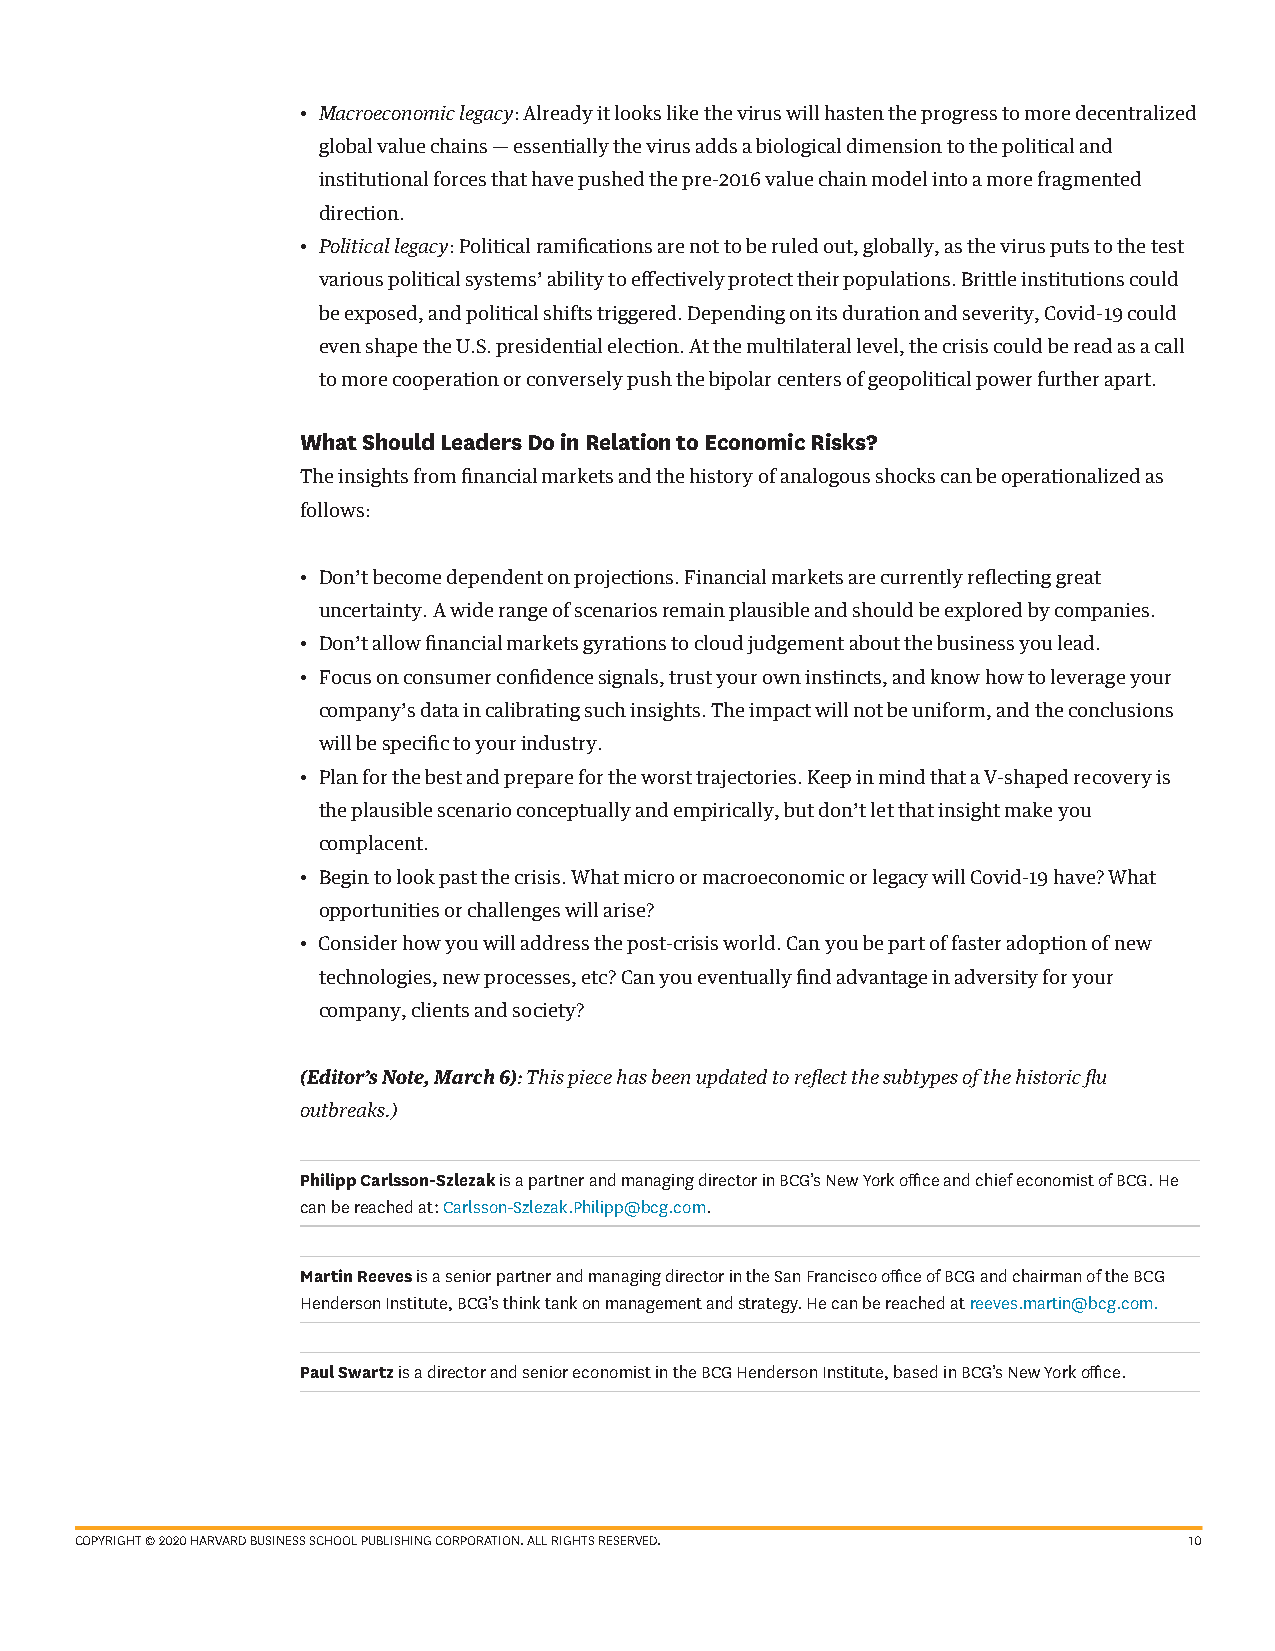
• Macroeconomic legacy: Already it looks like the virus will hasten the progress to more decentralized
 global value chains — essentially the virus adds a biological dimension to the political and
 institutional forces that have pushed the pre-2016 value chain model into a more fragmented
 direction.
 • Political legacy: Political ramifications are not to be ruled out, globally, as the virus puts to the test
 various political systems’ ability to effectively protect their populations. Brittle institutions could
 be exposed, and political shifts triggered. Depending on its duration and severity, Covid-19 could
 even shape the U.S. presidential election. At the multilateral level, the crisis could be read as a call
 to more cooperation or conversely push the bipolar centers of geopolitical power further apart.
 What Should Leaders Do in Relation to Economic Risks?
 The insights from financial markets and the history of analogous shocks can be operationalized as
 follows:
 • Don’t become dependent on projections. Financial markets are currently reflecting great
 uncertainty. A wide range of scenarios remain plausible and should be explored by companies.
 • Don’t allow financial markets gyrations to cloud judgement about the business you lead.
 • Focus on consumer confidence signals, trust your own instincts, and know how to leverage your
 company’s data in calibrating such insights. The impact will not be uniform, and the conclusions
 will be specific to your industry.
 • Plan for the best and prepare for the worst trajectories. Keep in mind that a V-shaped recovery is
 the plausible scenario conceptually and empirically, but don’t let that insight make you
 complacent.
 • Begin to look past the crisis. What micro or macroeconomic or legacy will Covid-19 have? What
 opportunities or challenges will arise?
 • Consider how you will address the post-crisis world. Can you be part of faster adoption of new
 technologies, new processes, etc? Can you eventually find advantage in adversity for your
 company, clients and society?
 (Editor’s Note, March 6): This piece has been updated to reflect the subtypes of the historic flu
 outbreaks.)
 Philipp Carlsson-Szlezak is a partner and managing director in BCG’s New York office and chief economist of BCG. He
 can be reached at: Carlsson-Szlezak.Philipp@bcg.com.
 Martin Reeves is a senior partner and managing director in the San Francisco office of BCG and chairman of the BCG
 Henderson Institute, BCG’s think tank on management and strategy. He can be reached at reeves.martin@bcg.com.
 Paul Swartz is a director and senior economist in the BCG Henderson Institute, based in BCG’s New York office.
 COPYRIGHT © 2020 HARVARD BUSINESS SCHOOL PUBLISHING CORPORATION. ALL RIGHTS RESERVED. 10